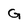
Character: G